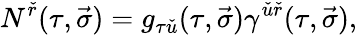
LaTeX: N^{\check{r}}(\tau,\vec{\sigma})=g_{\tau\check{u}}(\tau,\vec{\sigma})\gamma^{\check{u}\check{r}}(\tau,\vec{\sigma}),